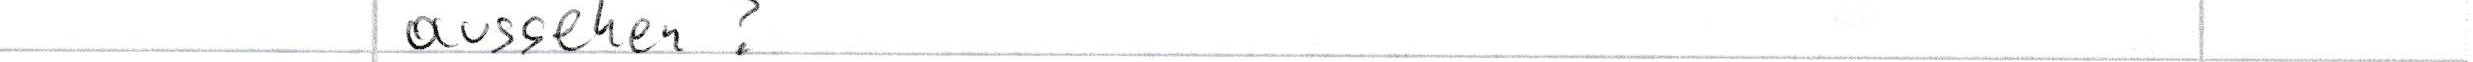
aussehen?